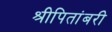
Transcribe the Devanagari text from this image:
श्रीपितांबरी